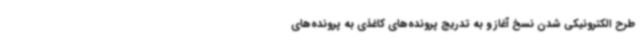
طرح الکترونیکی شدن نسخ آغاز و به تدریج پرونده‌های کاغذی به پرونده‌های